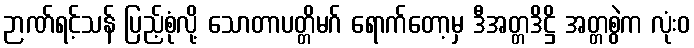
ဉာဏ်ရင့်သန် ပြည့်စုံလို့ သောတာပတ္တိမဂ် ရောက်တော့မှ ဒီအတ္တဒိဋ္ဌိ အတ္တစွဲက လုံးဝ